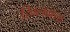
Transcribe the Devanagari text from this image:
खिलवाया